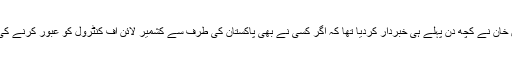
اس نازک صورت حال میں پاکستان کو بہت سوچ سمجھ کر چلنا ہوگا اور عمران خان نے کچھ دن پہلے ہی خبردار کردیا تھا کہ اگر کسی نے بھی پاکستان کی طرف سے کشمیر لائن آف کنٹرول کو عبور کرنے کی کوشش کی تو یہ پاکستان اور کشمیر دونوں کے لیے بڑی خطرناک بات ہوگی۔